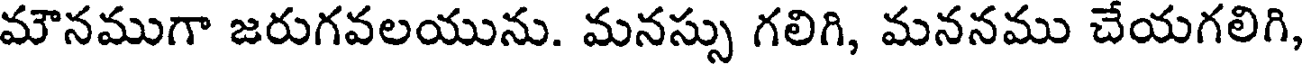
మౌనముగా జరుగవలయును. మనస్సు గలిగి, మననము చేయగలిగి,